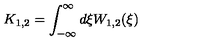
K _ { 1 , 2 } = \int _ { - \infty } ^ { \infty } d \xi W _ { 1 , 2 } ( \xi ) \nonumber